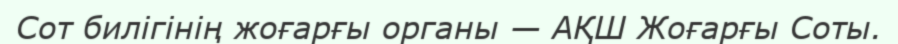
Сот билігінің жоғарғы органы — АҚШ Жоғарғы Соты.